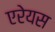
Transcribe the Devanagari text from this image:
एरेयस